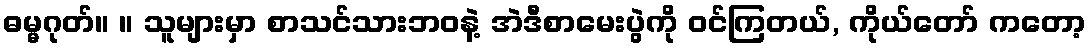
ဓမ္မဂုတ်။ ။ သူများမှာ စာသင်သားဘဝနဲ့ အဲဒီစာမေးပွဲကို ဝင်ကြတယ်, ကိုယ်တော် ကတော့